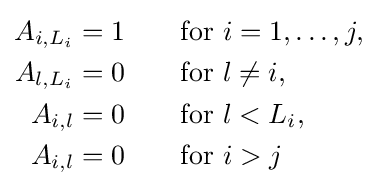
{\begin{aligned}A_{i,L_{i}}=1\qquad &{\text{for }}i=1,\dots ,j,\\A_{l,L_{i}}=0\qquad &{\text{for }}l\neq i,\\A_{i,l}=0\qquad &{\text{for }}l<L_{i},\\A_{i,l}=0\qquad &{\text{for }}i>j\end{aligned}}